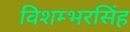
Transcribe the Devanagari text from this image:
विशम्भरसिंह